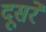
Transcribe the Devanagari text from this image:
दूसरेे